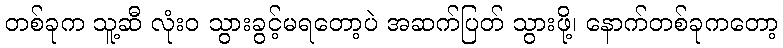
တစ်ခုက သူ့ဆီ လုံးဝ သွားခွင့်မရတော့ပဲ အဆက်ပြတ် သွားဖို့၊ နောက်တစ်ခုကတော့